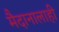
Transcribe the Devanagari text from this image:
मैदानालाही